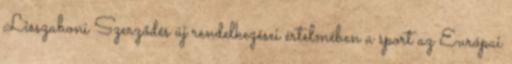
Lisszaboni Szerződés új rendelkezései értelmében a sport az Európai